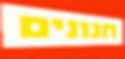
חנונים